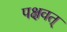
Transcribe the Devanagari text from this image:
पक्षवत्